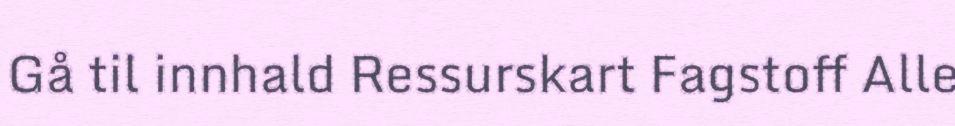
Gå til innhald Ressurskart Fagstoff Alle